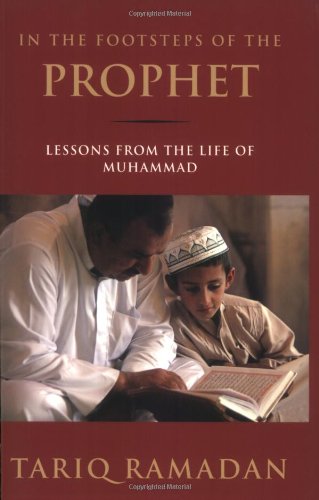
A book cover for In the Footsteps of the Prophet: Lessons from the Life of Muhammad; Tariq Ramadan; Religion & Spirituality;